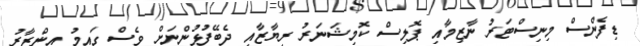
ޑިފެންސް މިނިސްޓަރު ނާޒިމާއި ޕޮލިސް ކޮމިޝަނަރު ރިޔާޒާއި ދެބޭފުޅުންނަށް ވެސް ގައިމު އިންޒާރު